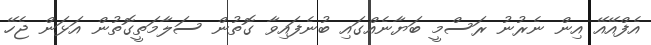
އެފްއޭއޭ އިން ނެރުނު ރަސްމީ ބަޔާނެއްގައި ބުނެފައިވާ ގޮތުން ސަލާމަތީގޮތުން އަޅަން ޖެހޭ